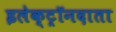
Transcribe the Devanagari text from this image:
इलेक्ट्रॉनदाता